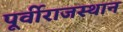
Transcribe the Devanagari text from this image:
पूर्वीराजस्थान